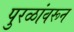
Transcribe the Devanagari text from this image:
पुरळांवरून